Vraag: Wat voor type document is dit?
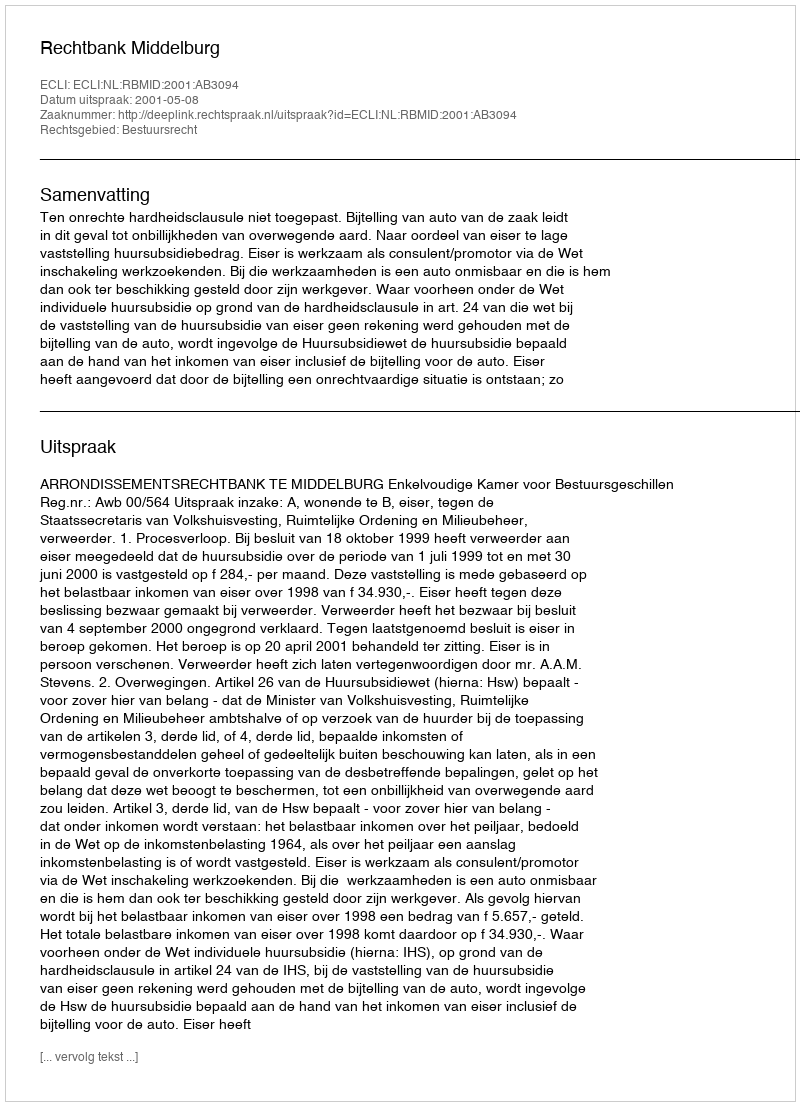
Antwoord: Uitspraak